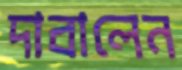
দাবালেন